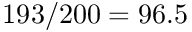
1 9 3 / 2 0 0 = 9 6 . 5 \